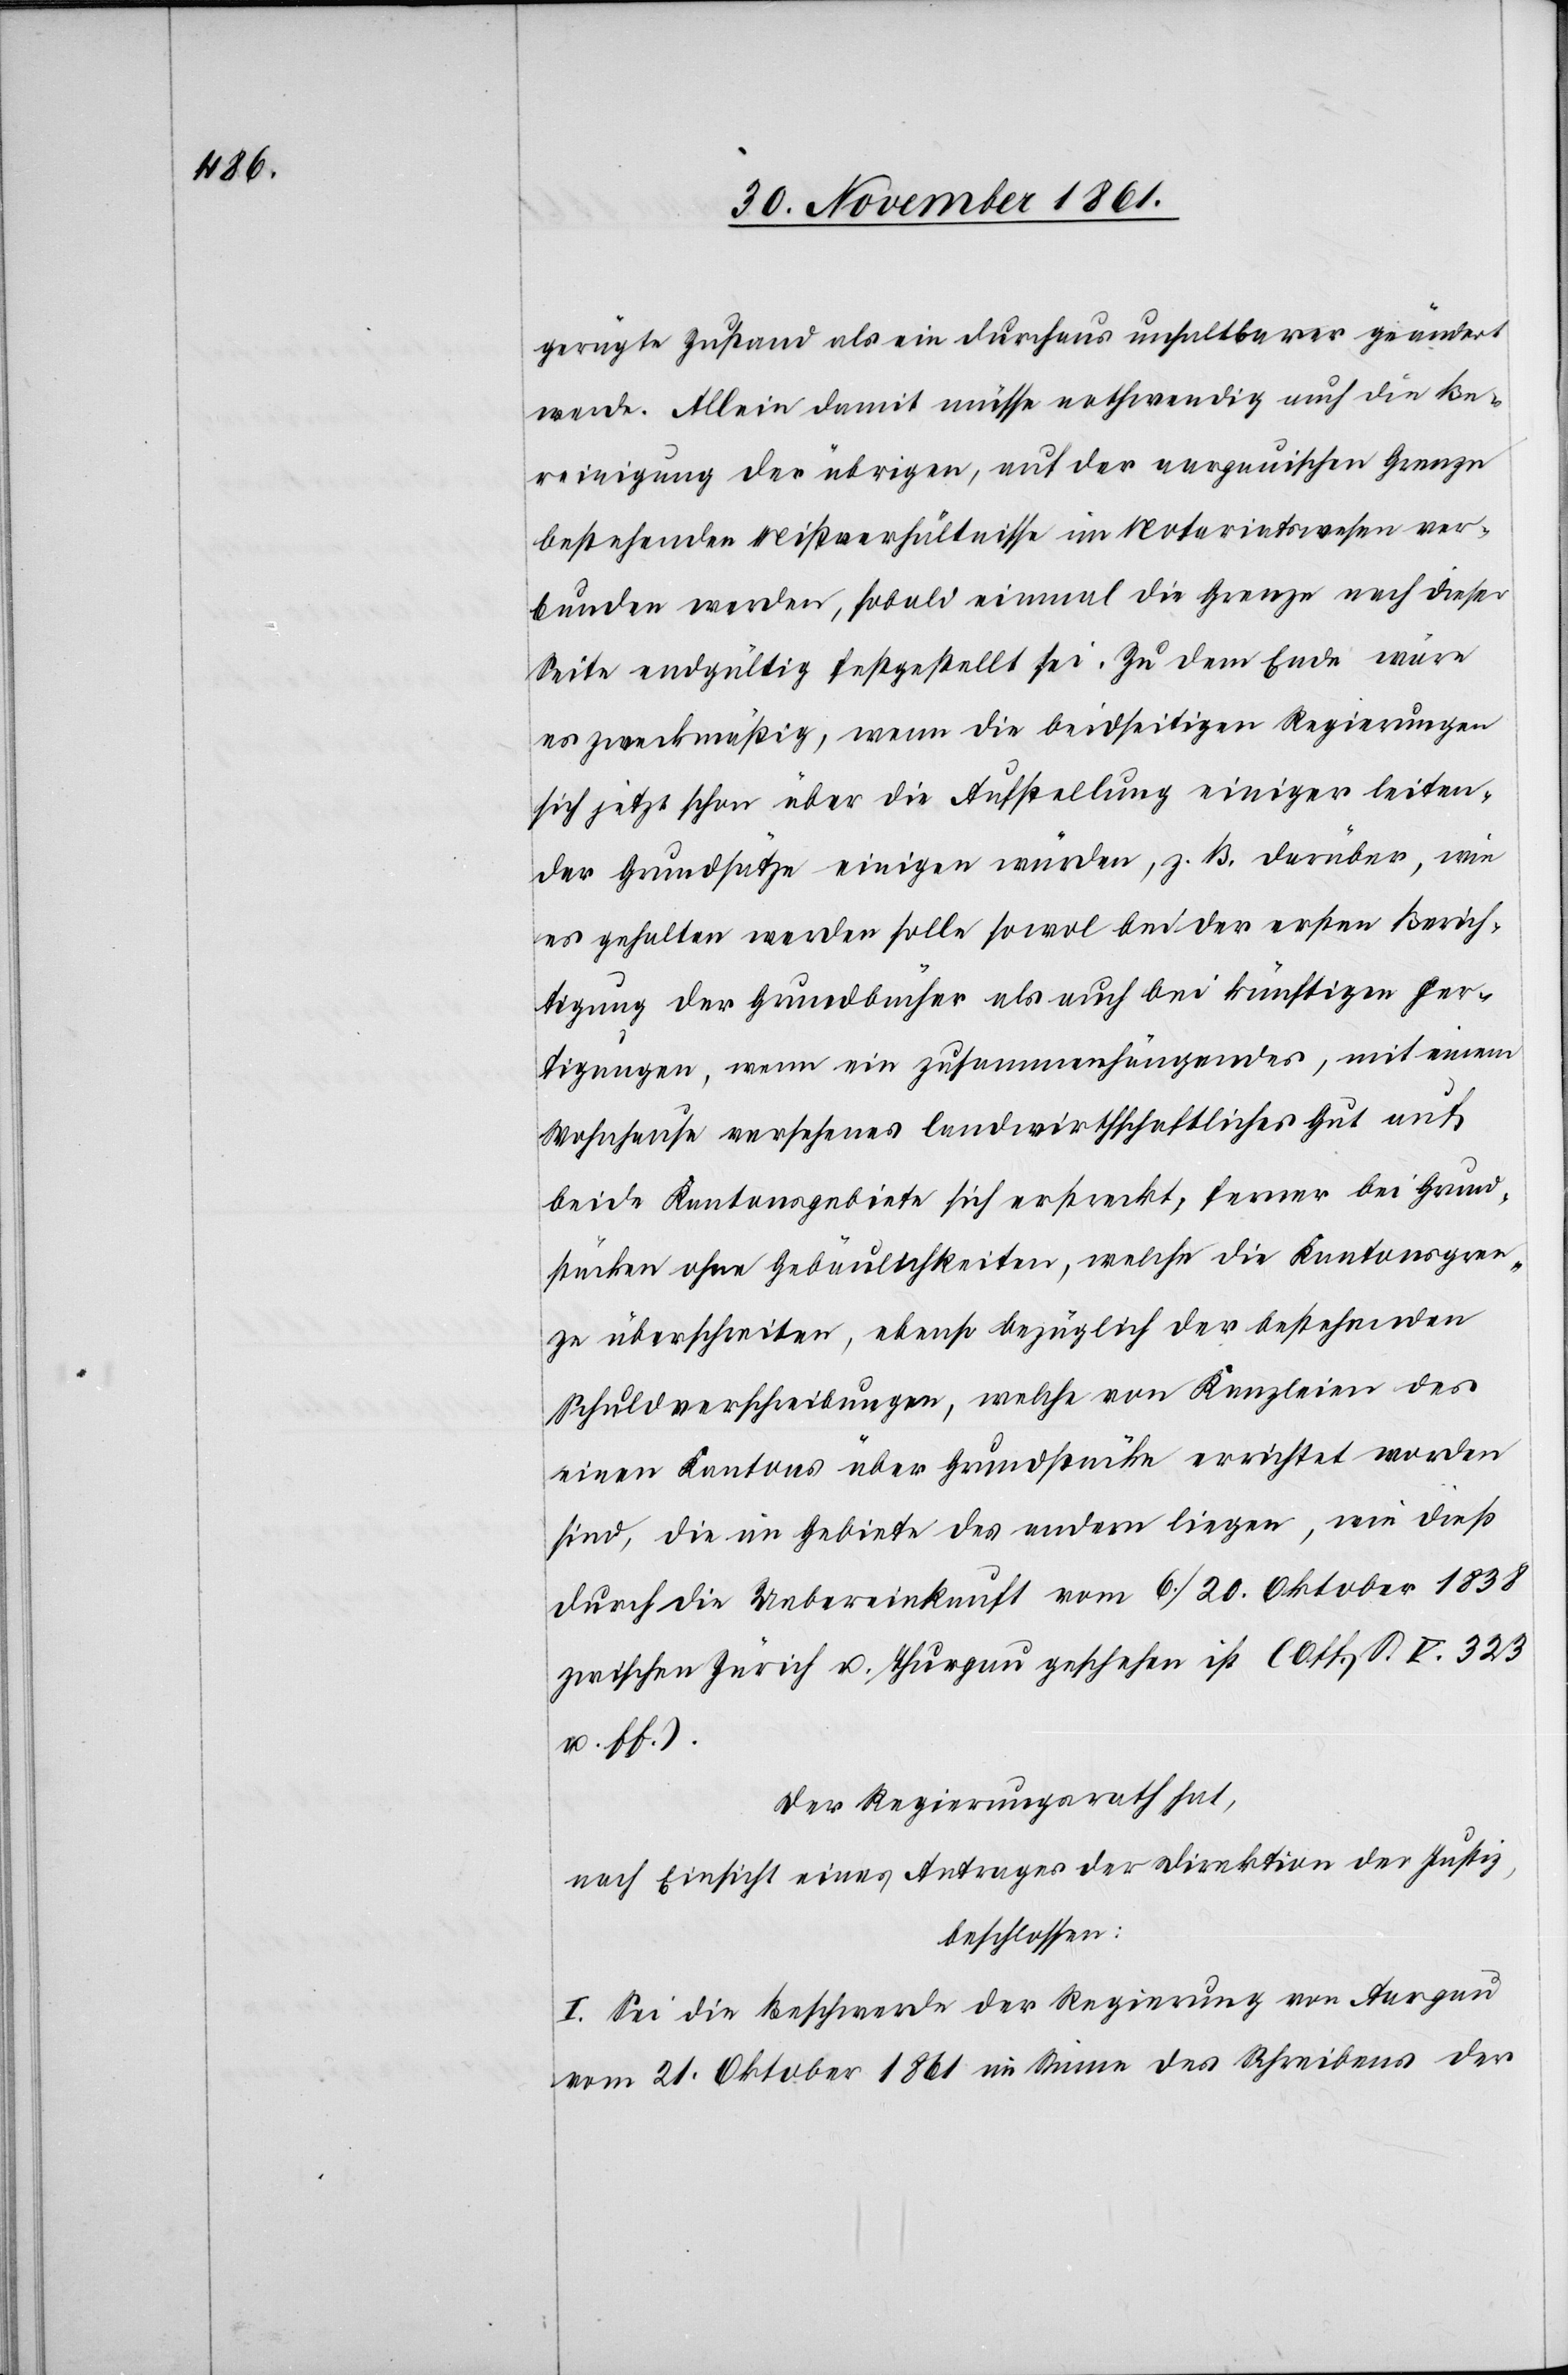
gerügte Zustand als ein durchaus unhaltbarer geändert
werde. Allein damit müsse nothwendig auch die Be¬
reinigung der übrigen, auf der aargauischen Grenze
bestehende Mißverhältnisse im Notariatswesen ver¬
bunden werden, sobald einmal die Grenze nach dieser
Seite endgültig festgestellt sei. Zu diesem Ende wäre
es zweckmäßig, wenn die beidseitigen Regierungen
sich jetzt schon über die Aufstellung einiger leiten¬
der Grundsätze einigen würden, z. B. darüber, wie
es gehalten werden solle sowol bei der ersten Berich¬
tigung der Grundgebühr als auch bei künftigen Fer¬
tigungen, wenn ein zusammenhängendes, mit einem
Wohnhause versehenes landwirthschaftliches Gut auf
beide Kantonsgebiete sich erstreckt, ferner die Grund¬
stücke ohne Gebäulichkeiten, welche die Kantonsgren¬
ze überschreiten, ebenso bezüglich der bestehenden
Schuldverschreibungen, welche von Kanzleien des
einen Kantons über Grundstücke errichtet worden
sind, die im Gebiete des andern liegen, wie daß
durch die Uebereinkunft vom 6 / 20 Oktober 1838
zwischen Zürich u. Thurgau geschehen ist. (Off. S. V. 323
u. ff.)
Der Regierungsrath hat,
nach Einsicht eines Antrages der Direktion der Justiz,
beschlossen:
I. Sei die Beschwerde der Regierung von Aargau
vom 21 Oktober 1861 im Sinne des Schreibens der